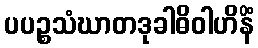
ပပဉ္စသံဃာတဒုခါဓိဝါဟိနိံ